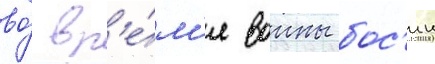
во́ вр'е́м'я воины бос'ин